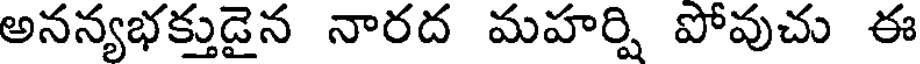
అనన్యభక్తుడైన నారద మహర్షి పోవుచు ఈ